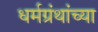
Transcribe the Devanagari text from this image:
धर्मग्रंथांच्या